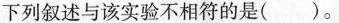
下列叙述与该实验不相符的是( )。